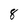
Character: 8